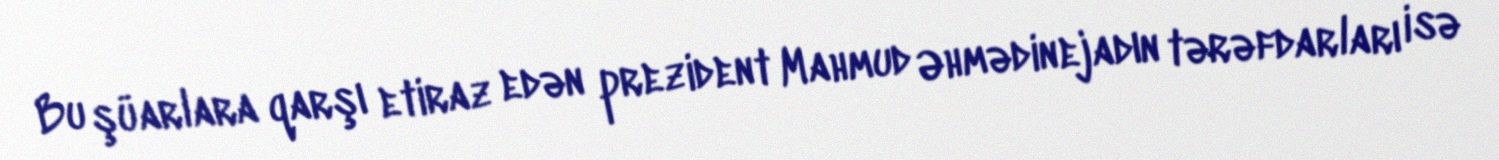
Bu şüarlara qarşı etiraz edən prezident Mahmud Əhmədinejadın tərəfdarları isə